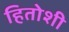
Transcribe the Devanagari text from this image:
हितोशी